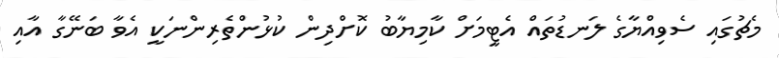
މެޗުގައި ސެވިއްޔާގެ ލަނޑުތައް އެޓީމަށް ކާމިޔާބު ކޮށްދިން ކުޅުންތެރިންނަކީ އެވާ ބަނޭގާ އާއި